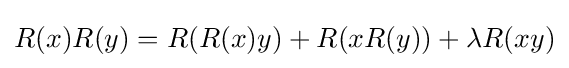
R(x)R(y)=R(R(x)y)+R(xR(y))+\lambda R(xy)